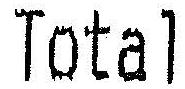
TOTAL